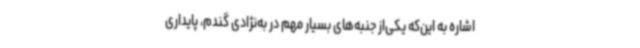
اشاره به این‌که یکی‌از جنبه‌های بسیار مهم در به‌نژادی گندم، پایداری